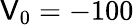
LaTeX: \mathsf{V}_{\mathrm{{0}}}=-100